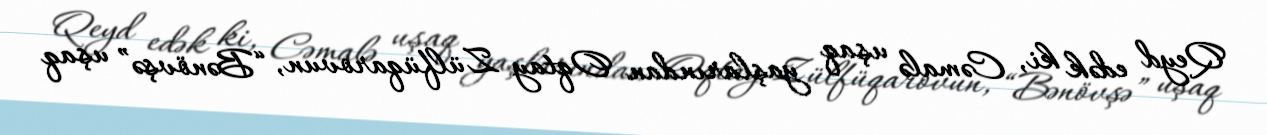
Qeyd edək ki, Cəmalə uşaq yaşlarından Oqtay Zülfüqarovun, “Bənövşə” uşaq